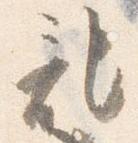
記